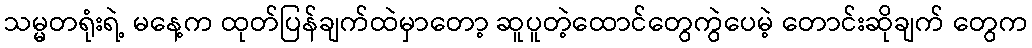
သမ္မတရုံးရဲ့ မနေ့က ထုတ်ပြန်ချက်ထဲမှာတော့ ဆူပူတဲ့ထောင်တွေကွဲပေမဲ့ တောင်းဆိုချက် တွေက